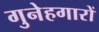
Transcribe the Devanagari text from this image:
गुनेहगारों